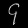
Digit: ၄